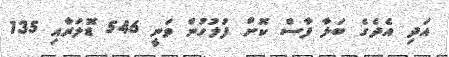
އަދި އެދެގެ ބަލާ ފާސް ކޮށް ފުލުހުން ވަނީ 546 ޑޮލަރާއި 135